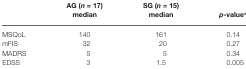
<table><thead><tr><td></td><td><b>AG (<i>n</i> = 17) median</b></td><td><b>SG (<i>n</i> = 15) median</b></td><td><b><i>p</i>-value*</b></td></tr></thead><tbody><tr><td>MSQoL</td><td>140</td><td>161</td><td>0.14</td></tr><tr><td>mFIS</td><td>32</td><td>20</td><td>0.27</td></tr><tr><td>MADRS</td><td>5</td><td>5</td><td>0.34</td></tr><tr><td>EDSS</td><td>3</td><td>1.5</td><td>0.005</td></tr></tbody></table>